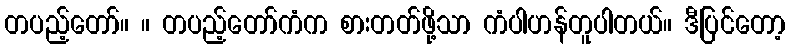
တပည့်တော်။ ။ တပည့်တော်ကံက စားတတ်ဖို့သာ ကံပါဟန်တူပါတယ်။ ဒီပြင်တော့